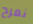
نمرح